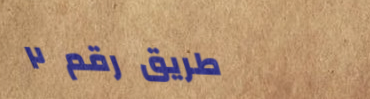
طريق رقم ٢